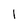
Character: 1